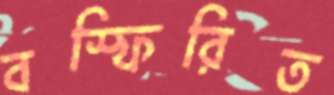
বস্ফিরিত